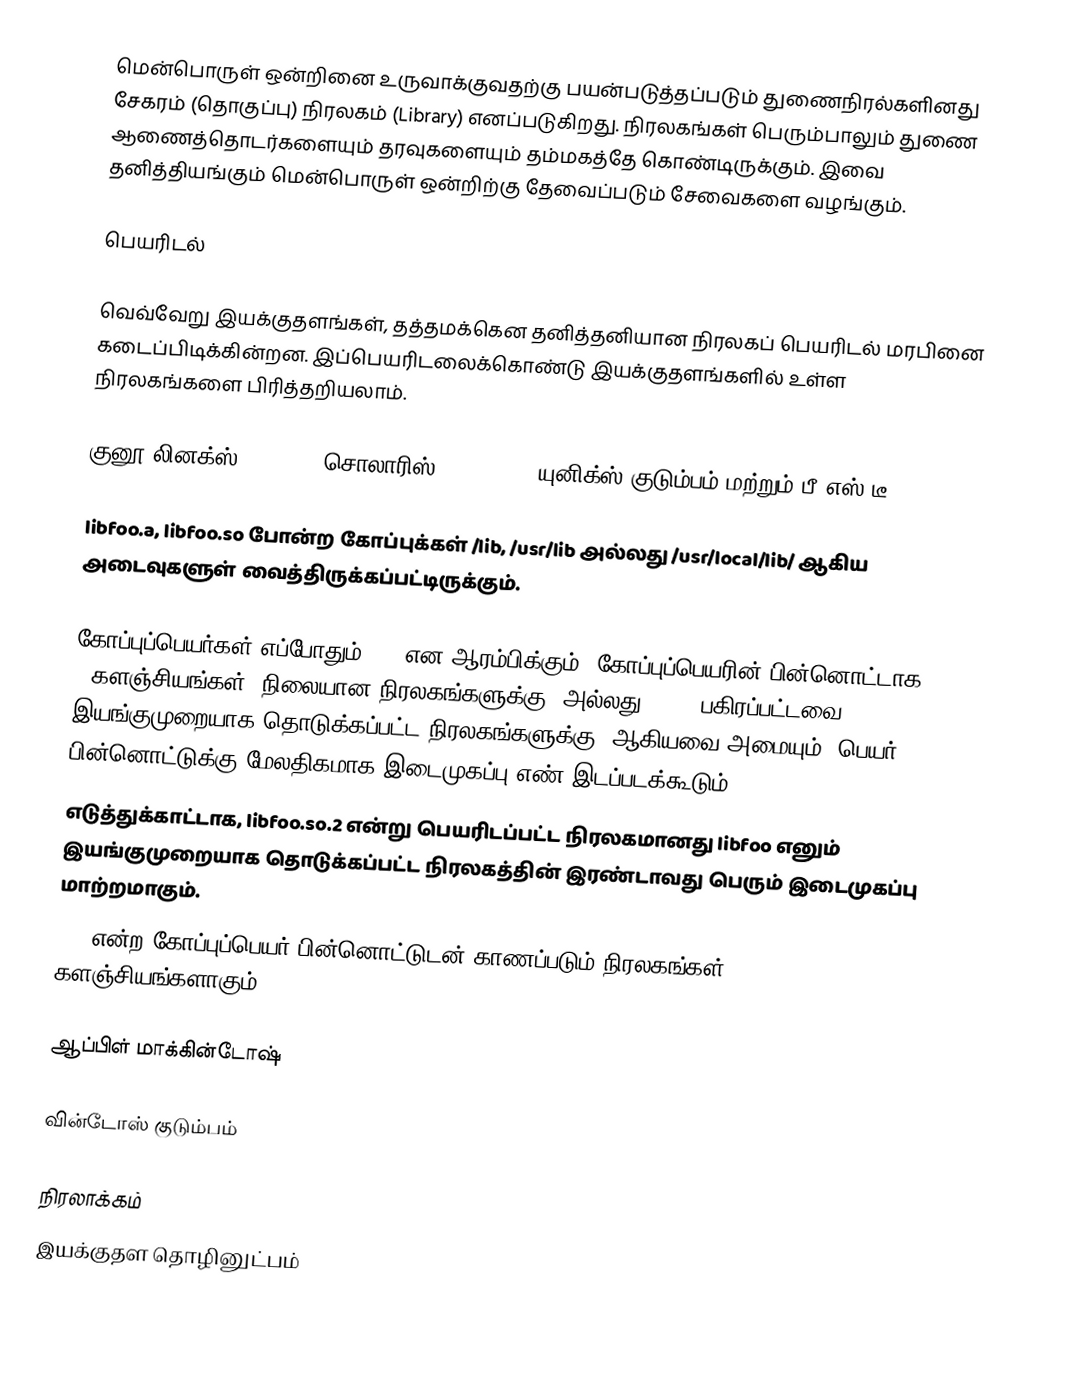
மென்பொருள் ஒன்றினை உருவாக்குவதற்கு பயன்படுத்தப்படும் துணைநிரல்களினது சேகரம் (தொகுப்பு) நிரலகம் (Library) எனப்படுகிறது. நிரலகங்கள் பெரும்பாலும் துணை ஆணைத்தொடர்களையும் தரவுகளையும் தம்மகத்தே கொண்டிருக்கும். இவை தனித்தியங்கும் மென்பொருள் ஒன்றிற்கு தேவைப்படும் சேவைகளை வழங்கும்.

பெயரிடல்

வெவ்வேறு இயக்குதளங்கள், தத்தமக்கென தனித்தனியான நிரலகப் பெயரிடல் மரபினை கடைப்பிடிக்கின்றன. இப்பெயரிடலைக்கொண்டு இயக்குதளங்களில் உள்ள நிரலகங்களை பிரித்தறியலாம்.

குனூ/லினக்ஸ் (Linux), சொலாரிஸ் (Solaris), யுனிக்ஸ் குடும்பம் மற்றும் பீ எஸ் டீ (BSD)

libfoo.a, libfoo.so போன்ற கோப்புக்கள் /lib,  /usr/lib  அல்லது /usr/local/lib/ ஆகிய அடைவுகளுள் வைத்திருக்கப்பட்டிருக்கும்.

கோப்புப்பெயர்கள் எப்போதும் lib என ஆரம்பிக்கும். கோப்புப்பெயரின் பின்னொட்டாக, a (.களஞ்சியங்கள், நிலையான நிரலகங்களுக்கு)   அல்லது, .so (பகிரப்பட்டவை, இயங்குமுறையாக  தொடுக்கப்பட்ட நிரலகங்களுக்கு) ஆகியவை அமையும். பெயர் பின்னொட்டுக்கு மேலதிகமாக இடைமுகப்பு எண் இடப்படக்கூடும்.
எடுத்துக்காட்டாக, libfoo.so.2 என்று பெயரிடப்பட்ட நிரலகமானது libfoo எனும் இயங்குமுறையாக தொடுக்கப்பட்ட நிரலகத்தின் இரண்டாவது பெரும் இடைமுகப்பு மாற்றமாகும்.
.la என்ற கோப்புப்பெயர் பின்னொட்டுடன் காணப்படும் நிரலகங்கள் libtool களஞ்சியங்களாகும்.

ஆப்பிள் மாக்கின்டோஷ்

வின்டோஸ் குடும்பம்

நிரலாக்கம்
இயக்குதள தொழினுட்பம்